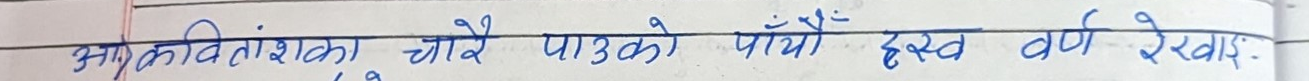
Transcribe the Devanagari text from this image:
अकवितांशका चोरे पाउको, पियो ह्रस्व वर्ण रेखाएं: